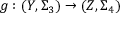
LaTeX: g : ( Y , \Sigma _ { 3 } ) \to ( Z , \Sigma _ { 4 } )